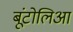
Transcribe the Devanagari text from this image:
बूंटोलिआ